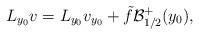
LaTeX: \begin{align*}L_{y_0}v=L_{y_0}v_{y_0}+\tilde{f} \mathcal{B}_{1/2}^+(y_0),\end{align*}